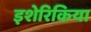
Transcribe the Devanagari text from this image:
इशेरिकिया